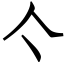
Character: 亽